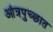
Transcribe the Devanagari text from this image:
आंत्रपुच्छात